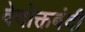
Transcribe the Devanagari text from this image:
वेदोक्तबंदी